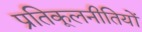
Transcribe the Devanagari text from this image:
प्रतिकूलनीतियों